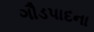
ગૌડપાદના